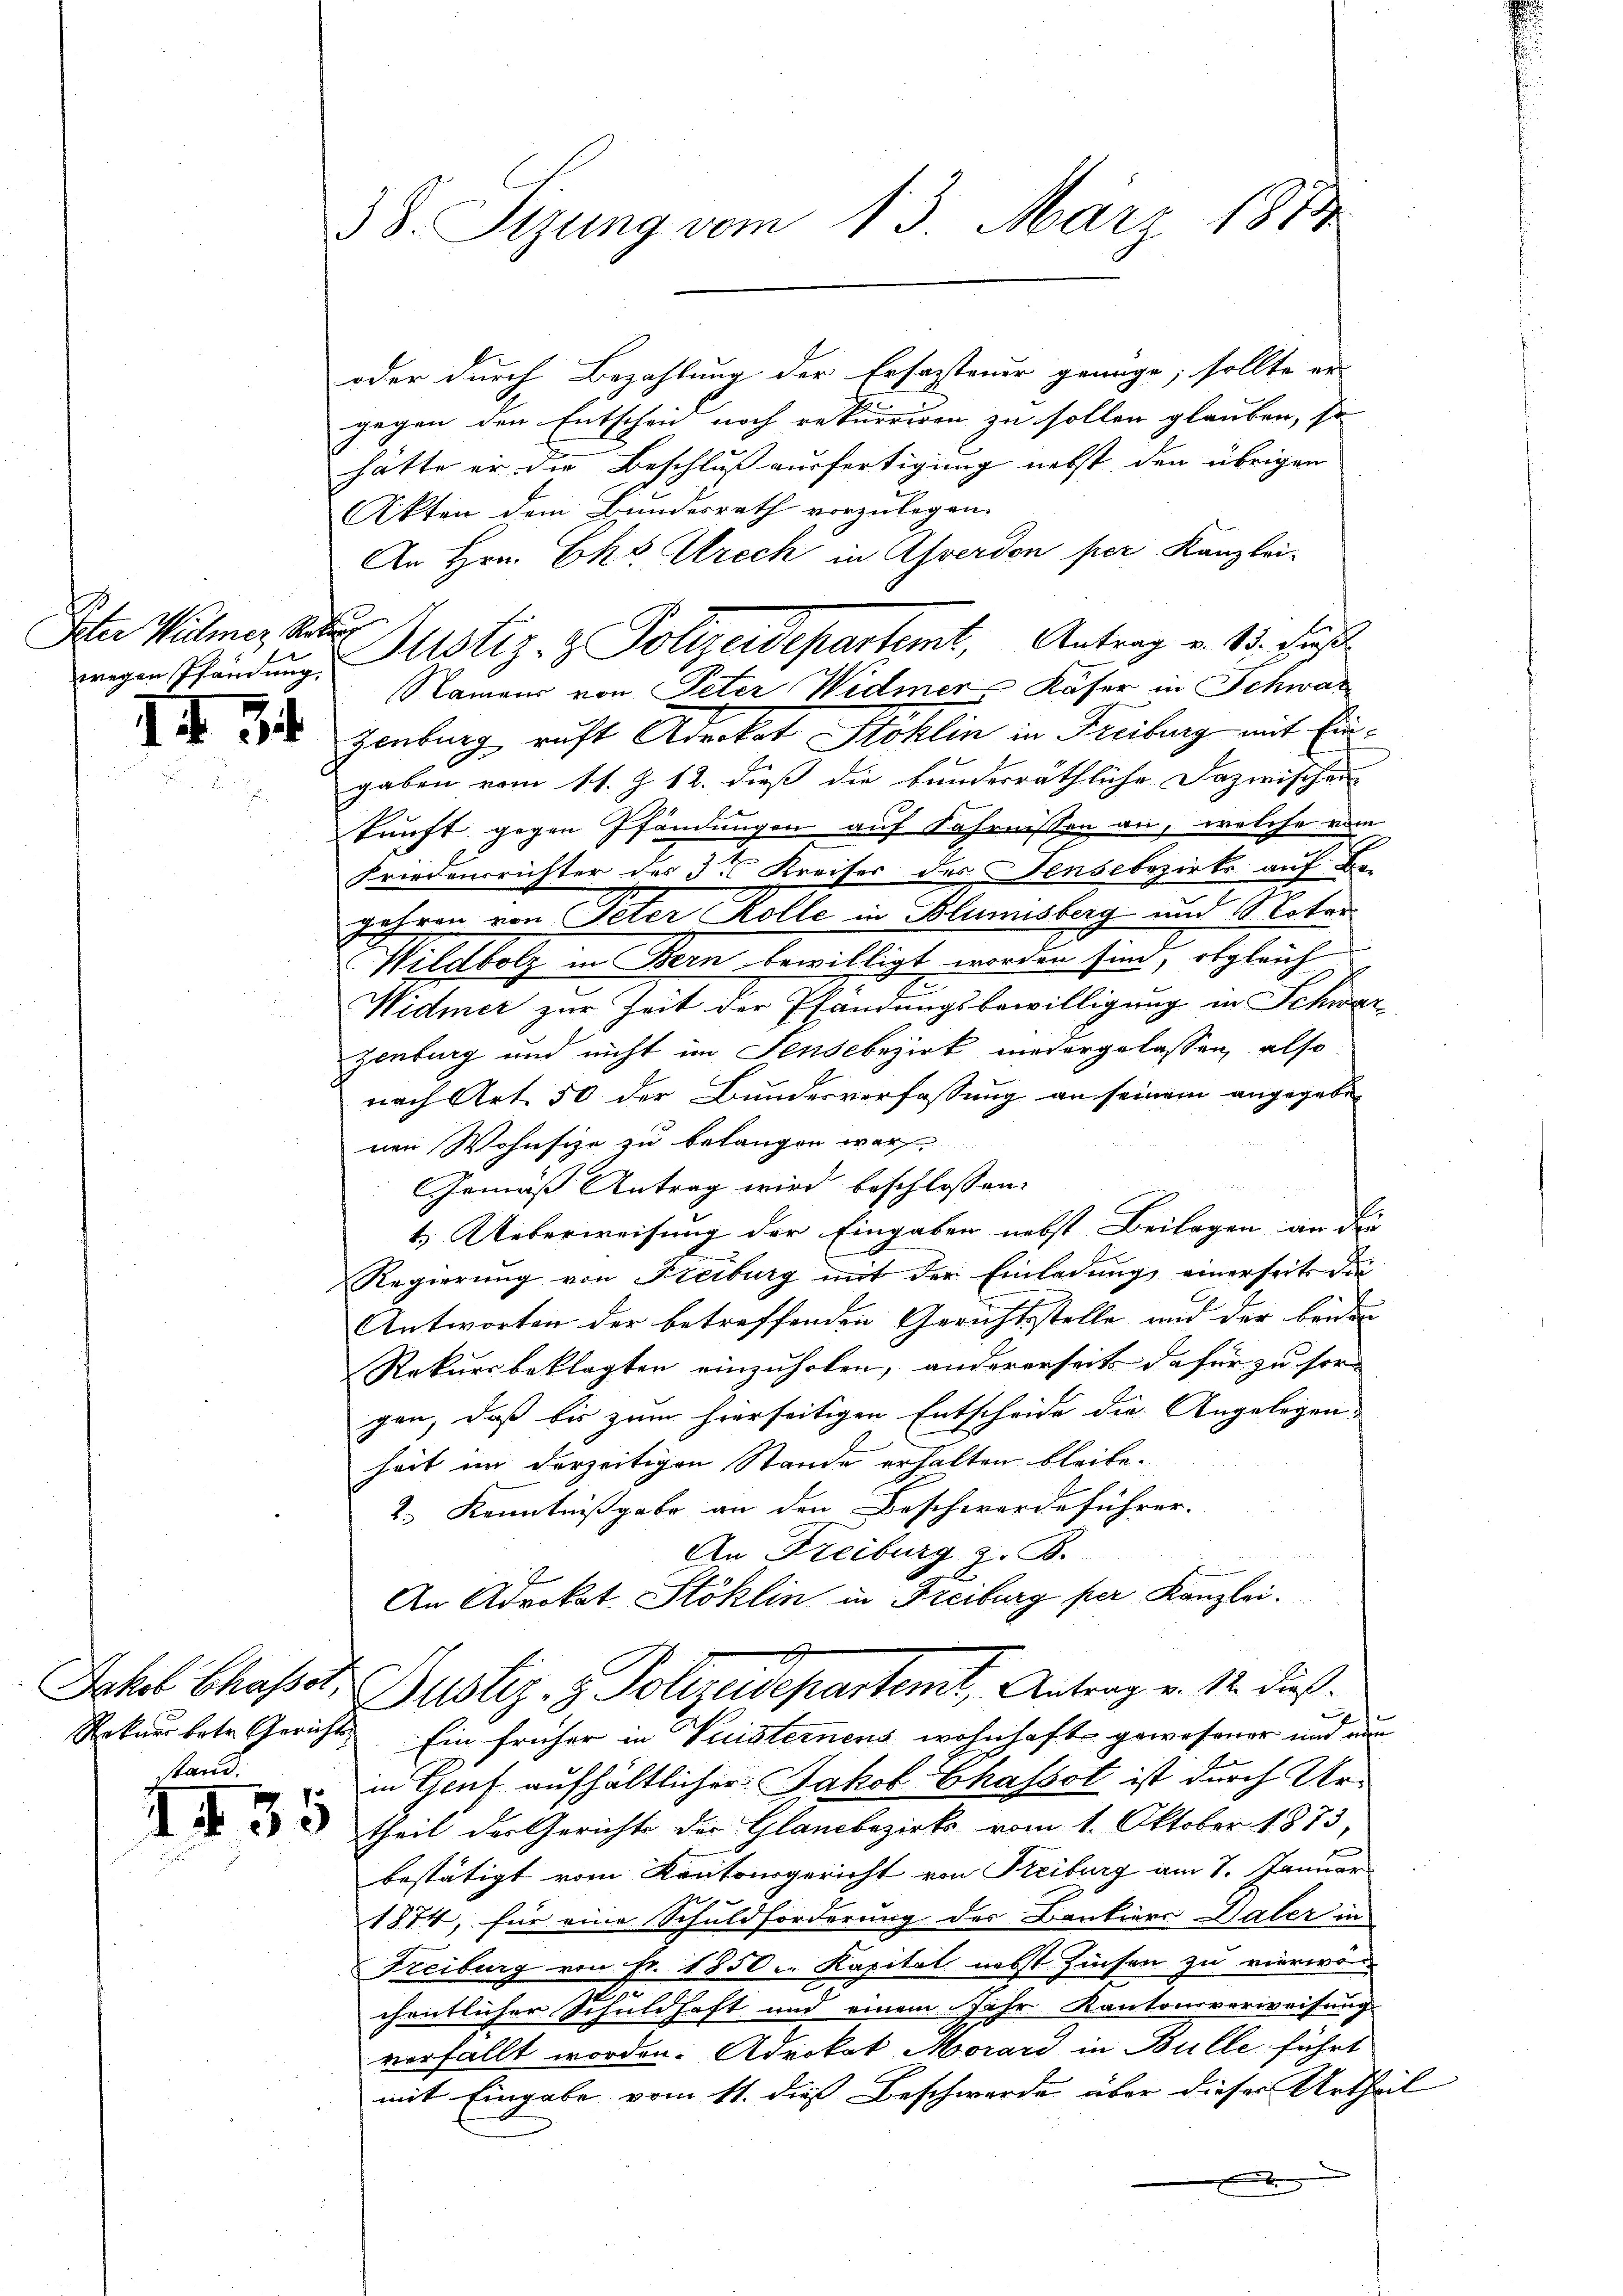
Peter Widmer, Statu

II 34

Stand.

38. Sizung vom 13. März 1884

oder durch Bezahlung der Erfassteuer genüge; sollte er
gegen den Entscheid noch rekurriren zu sollen glauben, so
hätte er die Beschluss ausfertigung nebst den übrigen
Akten dem Bundesrath vorzulegen.
An Hrn. Eks Utrech in Asverdon per Kanzlei-
Namens von Peter Widmer, Käser in Schwar
Zenburg ruft Advokat Stoklin in Freiburg mit Eingaben vom 11. Z. 12. dieß die bundesräthliche Dazwischen
kunft gegen Pfändungen auf Fahrnissen an, welche vom
Friedensrichter des 3ten Kreises des Sensebezirks auf Be-
gehren von Peter Kolle in Blumisberg und Noter
Wildbolz in Bern bewilligt worden sind, obgleich
Widmer zur Zeit der Pfändungsbewilligung in Schwar
zenburg und nicht im Sensebezirk niedergelassen, also
nach Art. 50 der Bundesverfassung an seinem angegebe
nen Wohnsitze zu belangen war,
Gemäß Antrag wird beschlossen:
t.) Ueberweisung der Eingaben nebst Beilagen an die
Regierung von Streiburg mit der Einladung einerseits die
Antworten der betreffenden Gerichtsstelle und der beiden
Rekursbeklagten einzuholen, andererseits dafür zu sorgen, daß bis zum hierseitigen Entscheide die Angelegen-
heit in derzeitigen Stande erhalten bleibe.
2.) Kenntnißgabe an den Beschwerdeführer-
n
An Freiburg z. B.
An Advokat Stoklin in Freiburg per Kanzlei.
Jahl Chasst: Justiz- & Polizeidepartemt, Antrag v. 12. dieß.
Rekurs betr. Gericht Ein früher in Fristernens wohnhaft gewesener und nun
in Genf aufhältlicher Jakob Chassot ist durch Ur¬
 22 theil der Gerichte der Glanzbezirks vom 1. Oktober 1853,
bestätigt vom Kantonsgericht von Freiburg am 7. Januar
1874, für eine Schuldforderung des Bankiere Daler in
Freiburg von Fr. 1850 u. Kapital nebst Zinsen zu vierwor
chentlicher Schuldhaft und einem Jahr Kantonsverweisung
verfällt worden. Advokat Morard in Bulle führt
mit Eingabe vom 11. dieß Beschwerde über dieser Urtheil
x

wigen Pfändung Mistiz- & Polizeidepartemt, Antrag v. 13. dies